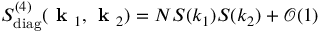
S _ { \mathrm { d i a g } } ^ { ( 4 ) } ( \textbf { k } _ { 1 } , \textbf { k } _ { 2 } ) = N S ( k _ { 1 } ) S ( k _ { 2 } ) + \mathcal { O } ( 1 )